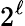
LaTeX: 2^{\ell}